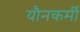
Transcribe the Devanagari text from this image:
यौनकर्मी